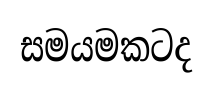
සමයමකටද